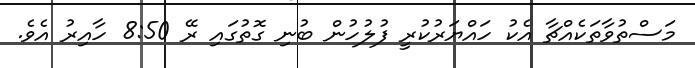
މަސްތުވާތަކެއްޗާ އެކު ހައްޔަރުކުރީ ފުލުހުން ބުނި ގޮތުގައި ރޭ 8:50 ހާއިރު އެވެ.